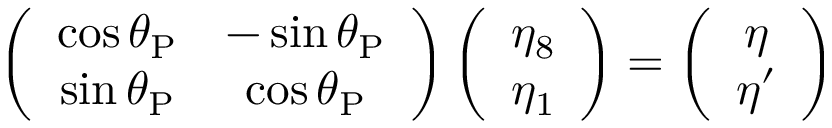
\left( { \begin{array} { c c } { \cos \theta _ { \mathrm { P } } } & { - \sin \theta _ { \mathrm { P } } } \\ { \sin \theta _ { \mathrm { P } } } & { \cos \theta _ { \mathrm { P } } } \end{array} } \right) \left( { \begin{array} { c } { \eta _ { 8 } } \\ { \eta _ { 1 } } \end{array} } \right) = \left( { \begin{array} { c } { \eta } \\ { \eta ^ { \prime } } \end{array} } \right)